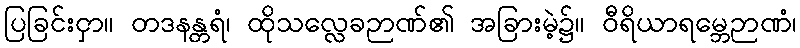
ပြခြင်းငှာ။ တဒနန္တရံ၊ ထိုသလ္လေခဉာဏ်၏ အခြားမဲ့၌။ ဝီရိယာရမ္ဘေဉာဏံ၊